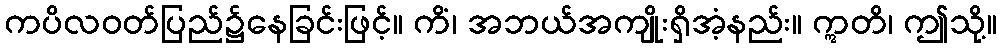
ကပိလဝတ်ပြည်၌နေခြင်းဖြင့်။ ကိံ၊ အဘယ်အကျိုးရှိအံ့နည်း။ ဣတိ၊ ဤသို့။